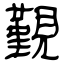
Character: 覲